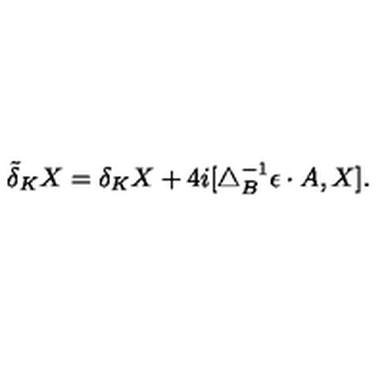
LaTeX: \tilde { \delta } _ { K } X = \delta _ { K } X + 4 i [ \triangle _ { B } ^ { - 1 } \epsilon \cdot A , X ] .